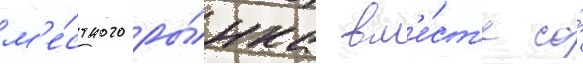
м'е́стного ры́нка вм'е́ст'е со́